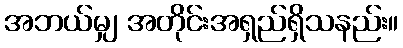
အဘယ်မျှ အတိုင်းအရှည်ရှိသနည်း။